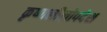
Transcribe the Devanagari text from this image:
कृष्णलीलोपदेश